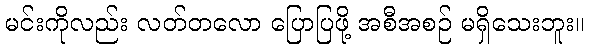
မင်းကိုလည်း လတ်တလော ပြောပြဖို့ အစီအစဉ် မရှိသေးဘူး။